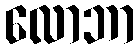
လောဘာ